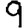
Digit: 9